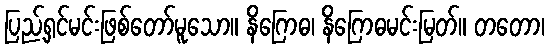
ပြည့်ရှင်မင်းဖြစ်တော်မူသော။ နိဂြောဓ၊ နိဂြောဓမင်းမြတ်။ တတော၊